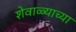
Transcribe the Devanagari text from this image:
शेवाळ्याच्या